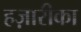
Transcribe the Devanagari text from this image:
हज़ारीका